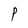
Character: P